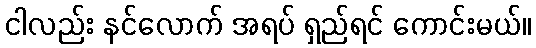
ငါလည်း နင်လောက် အရပ် ရှည်ရင် ကောင်းမယ်။